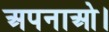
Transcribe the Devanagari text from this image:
अपनाओ।